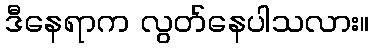
ဒီနေရာက လွတ်နေပါသလား။